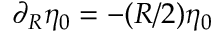
\partial _ { R } \eta _ { 0 } = - ( R / 2 ) \eta _ { 0 }